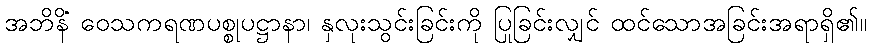
အဘိနိ ဝေသကရဏပစ္စုပဋ္ဌာနာ၊ နှလုံးသွင်းခြင်းကို ပြုခြင်းလျှင် ထင်သောအခြင်းအရာရှိ၏။